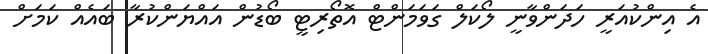
އެ އިންކުއަރީ ހަދަންވާނީ ލޯކަލް ގަވަމަންޓް އޮތޯރިޓީ ބޯޑުން އައްޔަންކުރާ ބައެއް ކަމަށް